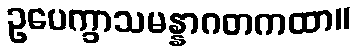
ဥပေက္ခာသမန္နာဂတကထာ။